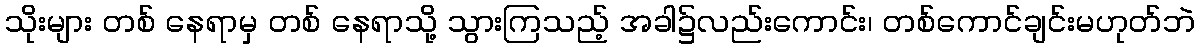
သိုးများ တစ် နေရာမှ တစ် နေရာသို့ သွားကြသည့် အခါ၌လည်းကောင်း၊ တစ်ကောင်ချင်းမဟုတ်ဘဲ